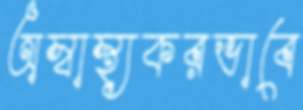
অস্বাস্থ্যকরভাবে